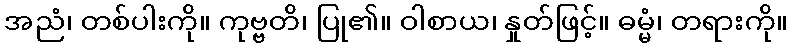
အညံ၊ တစ်ပါးကို။ ကုဗ္ဗတိ၊ ပြု၏။ ဝါစာယ၊ နှုတ်ဖြင့်။ ဓမ္မံ၊ တရားကို။